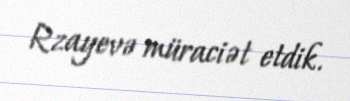
Rzayevə müraciət etdik.